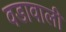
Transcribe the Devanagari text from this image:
वडावाली